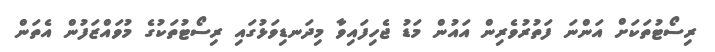
ރިސޯޓުތަކަށް އަންނަ ފަތުރުވެރިން އައުން މަޑު ޖެހިފައިވާ މިދަނޑިވަޅުގައި ރިސޯޓުތަކުގެ މުވައްޒަފުން އެތަން